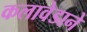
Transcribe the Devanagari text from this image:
कलावेडाने